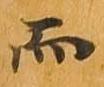
而